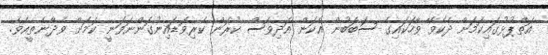
އަތްޕުޅުގައިކަމަށް ދެކެވޭ ވާހަކައިގެ ސަބަބުން އެކަން އަދިވެސް ކުރަން ކެރިވަޑައިނުގަންނަވަނީ ކަމަށް ވެދާނެތީއެވެ.